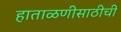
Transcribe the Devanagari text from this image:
हाताळणीसाठीची